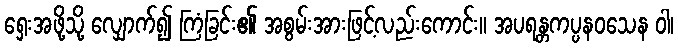
ရှေးအဖို့သို့ လျှောက်၍ ကြံခြင်း၏ အစွမ်းအားဖြင့်လည်းကောင်း။ အပရန္တကပ္ပနဝသေန ဝါ၊